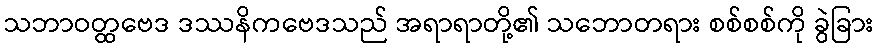
သဘာဝတ္ထဗေဒ ဒဿနိကဗေဒသည် အရာရာတို့၏ သဘောတရား စစ်စစ်ကို ခွဲခြား